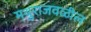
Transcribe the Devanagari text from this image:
मथुराजवळील